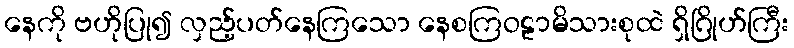
နေကို ဗဟိုပြု၍ လှည့်ပတ်နေကြသော နေစကြဝဠာမိသားစုထဲ ရှိဂြိုဟ်ကြီး